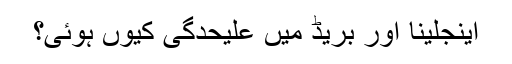
اینجلینا اور بریڈ میں علیحدگی کیوں ہوئی؟